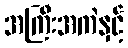
အကြီးအကဲနှင့်